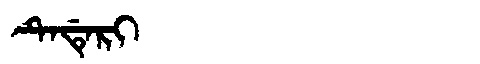
Manchu: ᡨᡝᡩᡝᡵᡳ
Romanization: TEDERI